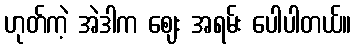
ဟုတ်ကဲ့ အဲဒါက ဈေး အရမ်း ပေါပါတယ်။